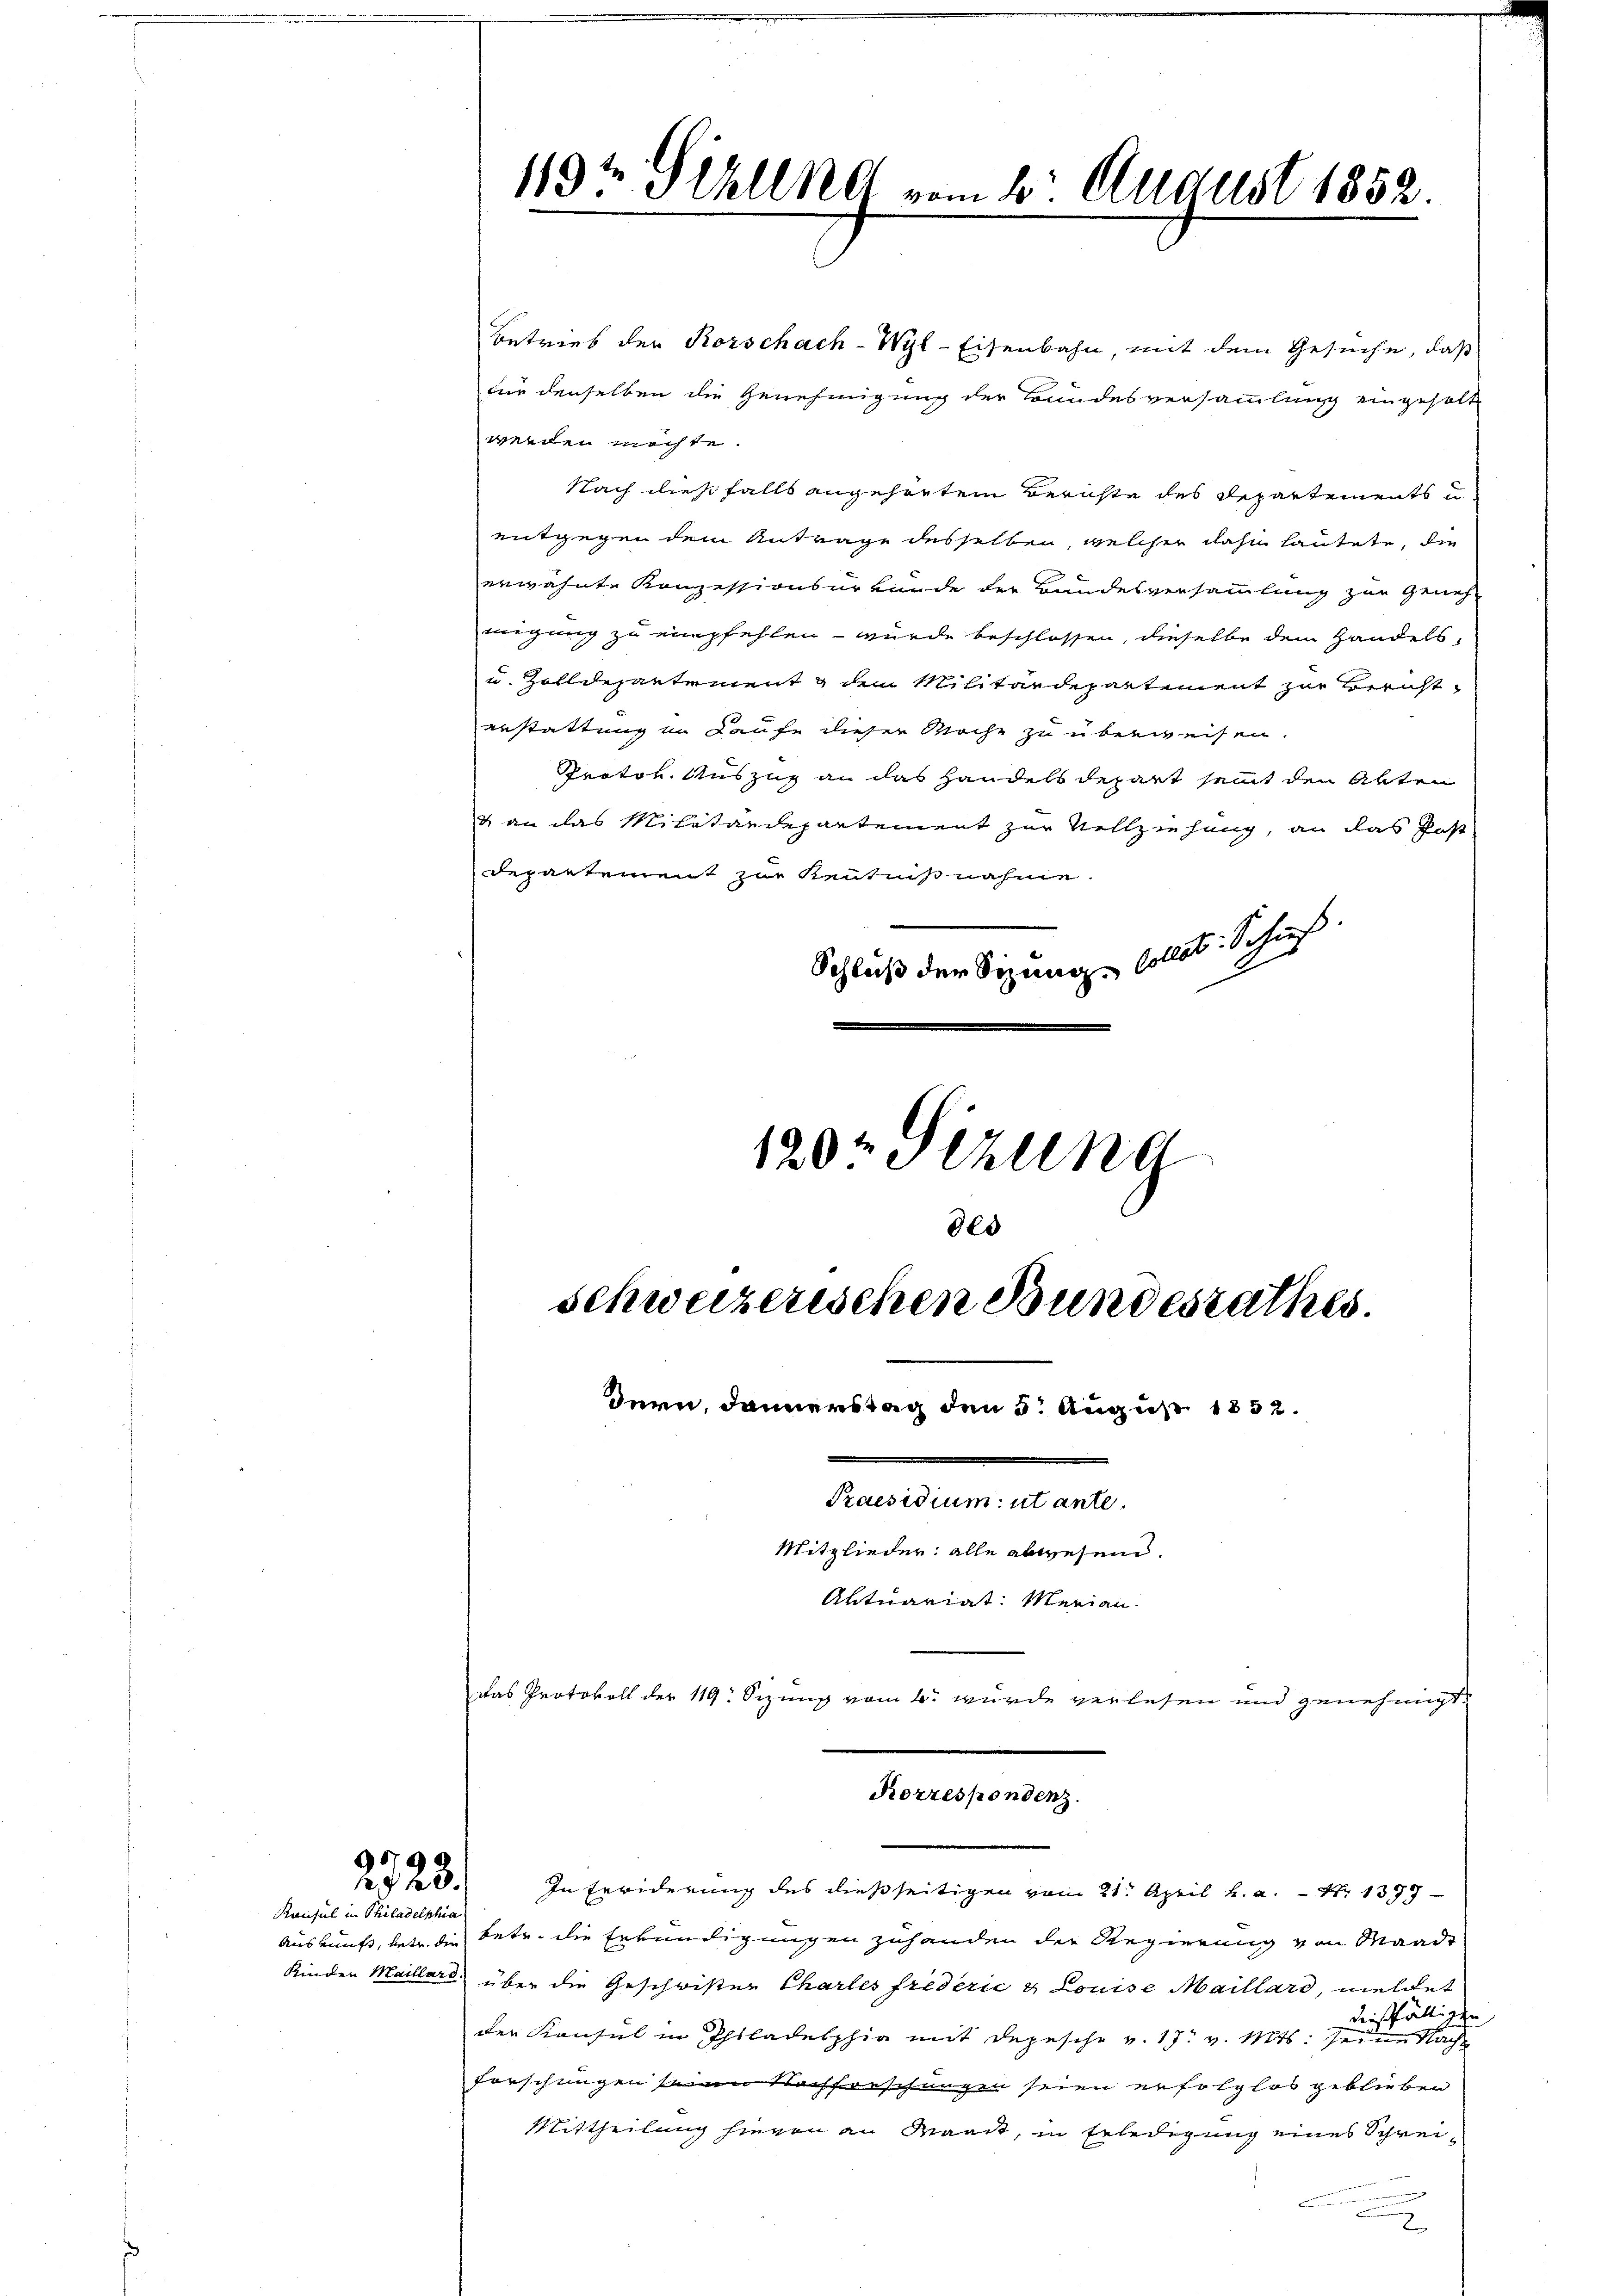
2728.
Kansul in Philadelphia

119t Schlend vom 6. August 1852.

des
schweizerischen Bundesrathes.
dern, danerstag den 5. August 1832.
Fenstrumenten
Mitglieder: alle abwesend.
Aktuariat: Merian.

Betrieb der Korschach-Wyl-Eisenbahn, mit dem Gesuche, daß
für denselben die Genehmigung der Bundesversammlung eingeholte
werden möchte.
Nach diesfalls angehörtem Berichte des Departements
entgegen dem Antrage desselben, welcher dahin lautete, die
erwähnte Konzessionsurkunde der Bundesversammlung zur Geneh-
migung zu empfehlen - wurde beschlossen, dieselbe dem Handels-
u. Zolldepartement dem Militärdepartement zur Bericht
anstattung im Kaufe dieser Woche zu überweisen.
Protok. Auszug an das Handels depart samt den Akten
& an das Militärdepartement zur Vollziehung, an das Post-
Departement zur Kenntnißnahme.
Schluß der Sitzung sollet. Schuß.
120t Sizung

Korrespondenz.

Das Protokoll der 119: Sizung vom 1. wurde verlesen und genehmigt.
In Erwiderung des dießseitigen vom 21. April h. a. Nr. 1399
Auskunft, betr. die betr. die Erkundigungen zuhanden der Regierung von Waadt
Kinder Maillars über die Geschrister Charles frederić & Louise Maillard, meldet
dießfälligen
der Konsul in Philadelphia mit Depesche v. 17. v. Mts. seine Nach
forschungen seiner Nachfreschungen seien erfolglos geblieben
Mittheilung hievon an Maat, in Erledigung eines Schrei¬
2